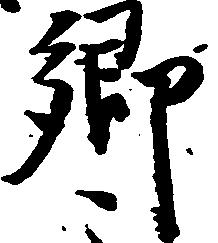
郷